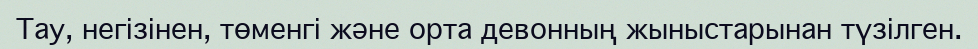
Тау, негізінен, төменгі және орта девонның жыныстарынан түзілген.